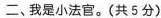
二、我是小法官。(共5分)